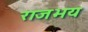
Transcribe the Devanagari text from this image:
राजभय